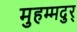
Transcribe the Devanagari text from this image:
मुहम्मदुर्